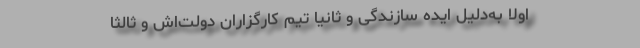
اولاً به‌دلیل ایده سازندگی و ثانیاً تیم کارگزاران دولت‌اش و ثالثاً